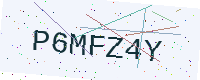
Text: P6MFZ4Y